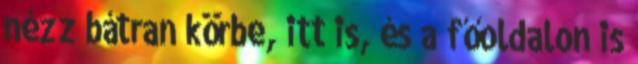
nézz bátran körbe, itt is, és a főoldalon is